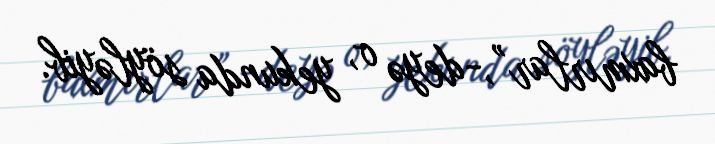
baxmırlar”,-deyə o, yekunda söyləyib.